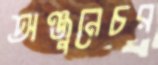
অঞ্জুনেচর